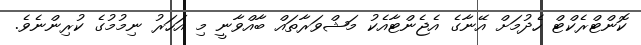
ކޮންޓްރެކްޓް ހެދުމަށް އޭނާގެ އެޖެންޓާއެކު މަޝްވަރާތައް ބާއްވާނީ މި އަހަރު ނިމުމުގެ ކުރިންނެވެ.